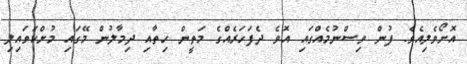
އޮށޯވެލިއެވެ. ފުން ވިސްނުމެއްގައި އޮވެ ދެފަހަރެއްގެ މަތީން ހިތާއި ދިމާލުން މޭގައި މުށްކަވައިލި